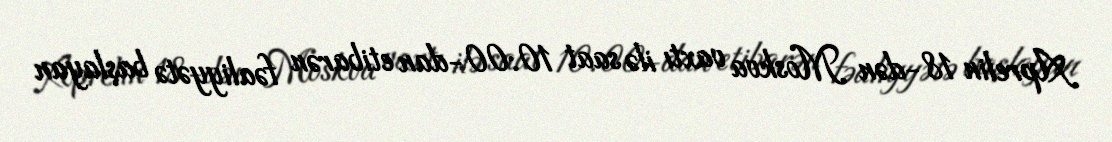
Aprelin 18-dən Moskva vaxtı ilə saat 10:00-dan etibarən fəaliyyətə başlayan